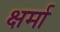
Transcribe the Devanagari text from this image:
क्षर्मा